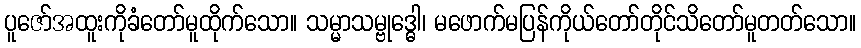
ပူဇော်အထူးကိုခံတော်မူထိုက်သော။ သမ္မာသမ္ဗုဒ္ဓေါ၊ မဖောက်မပြန်ကိုယ်တော်တိုင်သိတော်မူတတ်သော။